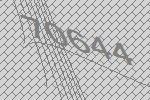
70644